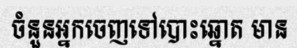
ចំនួនអ្នកចេញទៅបោះឆ្នោត មាន